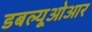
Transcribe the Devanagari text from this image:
डबल्यूओआर